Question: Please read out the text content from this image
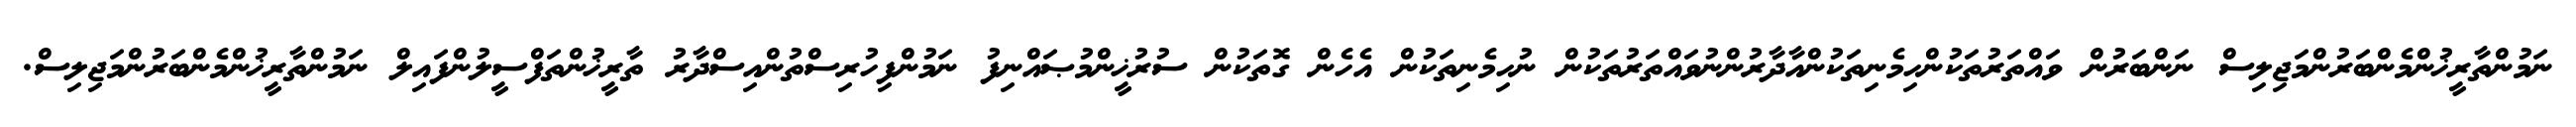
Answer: ނަމުންތާރީޚުންމެންބަރުންމަޖިލިސް ނަންބަރުން ވައްތަރުތަކުންހިމެނިތަކުންއާދާރުންނުވައްތަރުތަކުން ނުހިމެނިތަކުން އެހެން ގޮތަކުން ސުރުޚީންމުޞައްނިފު ނަމުންފިހުރިސްތުންއިސްދާރު ތާރީޚުންތަފްސީލުންފައިލް ނަމުންތާރީޚުންމެންބަރުންމަޖިލިސް.